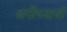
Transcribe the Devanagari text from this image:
बगीच्याची